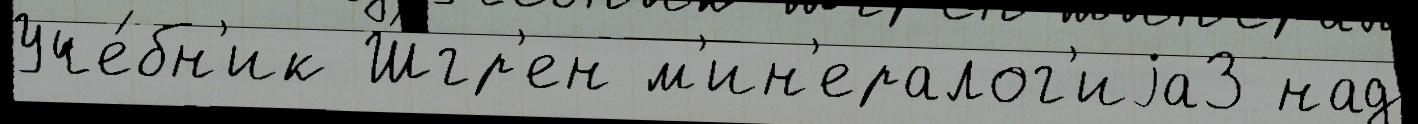
Уче́бн'ик Ш́гр'ен м'ин'ералог'иjа3 над